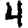
Digit: 4